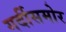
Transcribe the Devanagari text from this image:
गर्दीसमोर